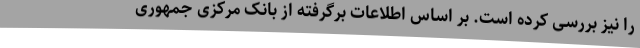
را نیز بررسی کرده است. بر اساس اطلاعات برگرفته از بانک مرکزی جمهوری